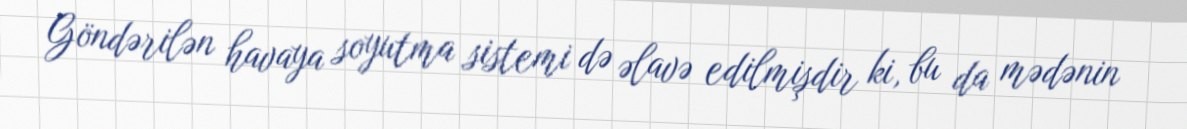
Göndərilən havaya soyutma sistemi də əlavə edilmişdir ki, bu da mədənin